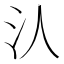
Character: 汄